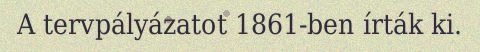
A tervpályázatot 1861-ben írták ki.